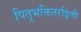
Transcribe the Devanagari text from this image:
पितृभक्तितरङ्गिणी